Annual administration report of the Civil Veterinary Department of India - 1897-1898
Year: 1897
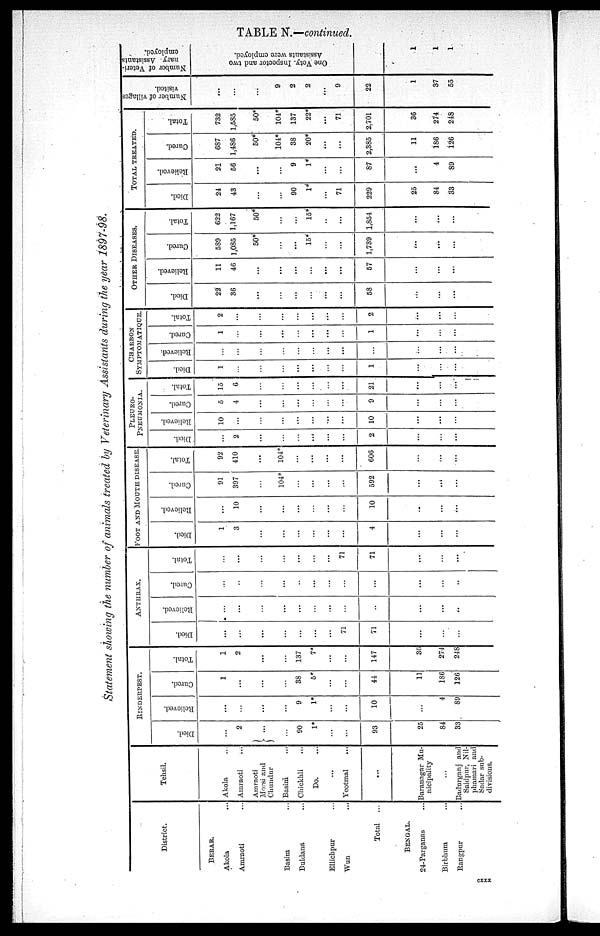
TABLE N.—continued.
Statement showing the number of animals treated by Veterinary Assistants during the year 1897-98.
District.
BERAR.
Akola ...
Amraoti ...
Basim ...
Buldana ...
Ellichpur ...
Wun ...
Total
...
BENGAL.
24-Parganas ...
Birbhum ...
Rangpur ...
Tehsil.
Akola ...
Amraoti ...
Amraoti
Morsi and
Chundur ...
Basim
...
Chickhli ...
Do. ...
...
Yeotmal ...
...
Baranagar Mu-
nicipality
...
Badurganj and
Saidpur, Nil-
phamari and
Sadar sub-
divisions.
RINDERPEST.
Died.
...
2
...
...
90
1*
...
...
93
25
84
33
Relieved.
...
...
...
...
9
1*
...
...
10
...
4
89
Cured.
1
...
...
...
38
5*
...
...
44
11
186
126
Total.
1
2
...
...
137
7*
...
...
147
30
274
248
ANTHRAX.
Died.
...
...
...
...
...
...
...
71
71
...
...
...
Relieved.
...
...
...
...
...
...
...
...
...
...
...
..
Cured.
...
...
...
...
...
...
...
...
...
...
...
...
Total.
...
...
...
...
...
...
...
71
71
...
...
...
FOOT AND MOUTH DISEASE.
Died.
1
3
...
...
...
...
...
...
4
...
...
...
Relieved.
...
10
...
...
...
...
...
...
10
..
...
...
Cured.
91
397
...
104*
...
...
...
...
592
...
...
...
Total.
92
410
...
104*
...
...
...
...
606
...
...
...
PLEURO-
PNEUMONIA.
Died.
...
2
...
...
...
...
...
...
2
...
...
...
Relieved.
10
...
...
...
...
...
...
...
10
...
...
...
Cured.
5
4
...
...
...
...
...
...
9
...
...
...
Total.
15
6
...
...
...
...
...
...
21
...
...
...
CHARBOX
SYMPTOMATIQUE.
Died.
1
...
...
...
...
...
...
...
1
...
...
...
Relieved.
...
...
...
...
...
...
...
...
...
...
...
...
Cured.
1
...
...
...
...
...
...
...
1
...
...
...
Total.
2
...
...
...
...
...
...
...
2
...
...
...
OTHER DISEASES.
Died.
22
36
...
...
...
...
...
...
58
...
...
...
Relieved.
11
46
...
...
...
...
...
...
57
...
...
...
Cured.
589
1,085
50*
...
...
15*
...
...
1,739
...
...
...
Total.
622
1..167
50*
...
...
15*
..
...
1,854
...
...
...
TOTAL TREATED.
Died.
24
43
...
...
90
1*
...
71
229
25
84
33
Relieved.
21
56
...
...
9
1*
...
...
87
...
4
89
Cured.
687
1,486
50*
104*
38
20*
...
...
2,385
11
186
126
Total.
732
1,585
50*
104*
137
22*
...
71
2.701
36
274
248
Number of villages
visited.
...
9
2
2
...
9
22
1
37
55
Number of Veteri-
nary Assistants
employed.
One Vety. Inspector and two
Assistants were employed.
1
1
1
cxxx